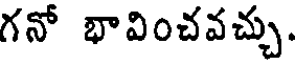
గనో భావించవచ్చు.